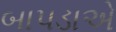
બાપડાએ